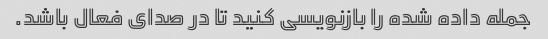
جمله داده شده را بازنویسی کنید تا در صدای فعال باشد.